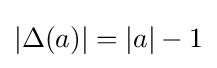
|\Delta (a)|=|a|-1